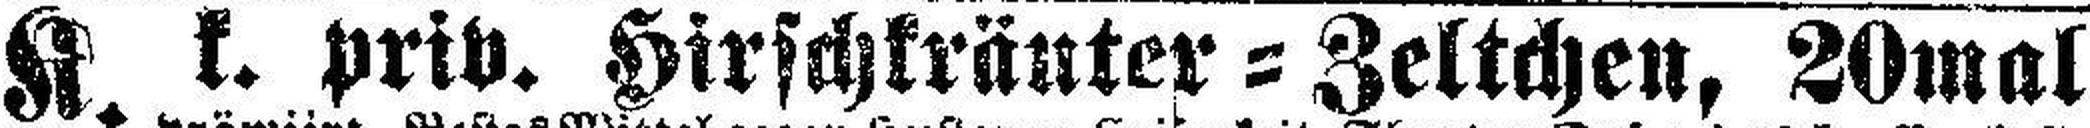
K. k. priv. Hirschkräuter=Zeltchen, 20mal